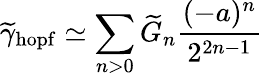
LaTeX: \widetilde\gamma_{\mathrm{hopf}}\simeq\sum_{n>0}\widetilde{G}_{n}{\frac{(-a)^{n}}{2^{2n-1}}}